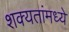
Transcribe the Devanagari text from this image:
शक्यतांमध्ये